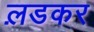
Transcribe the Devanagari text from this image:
ल़डकर